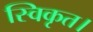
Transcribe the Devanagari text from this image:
स्विकृत।